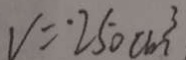
V = 2 5 0 c m ^ { 3 }